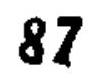
\(87\)